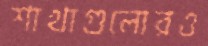
শাখাগুলোরও